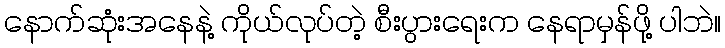
နောက်ဆုံးအနေနဲ့ ကိုယ်လုပ်တဲ့ စီးပွားရေးက နေရာမှန်ဖို့ ပါဘဲ။